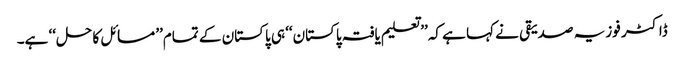
ڈاکٹر فوزیہ صدیقی نے کہا ہے کہ’’ تعلیم یافتہ پاکستان‘‘ ہی پاکستان کے تمام’’ مسائل کا حل‘‘ ہے۔